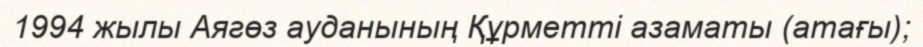
1994 жылы Аягөз ауданының Құрметті азаматы (атағы);